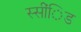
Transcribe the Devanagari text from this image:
स्सींिड